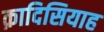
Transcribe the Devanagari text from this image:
क़ादिसियाह